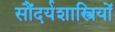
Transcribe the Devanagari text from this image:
सौंदर्यशास्त्रियों